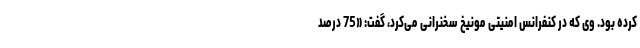
کرده بود. وی که در کنفرانس امنیتی مونیخ سخنرانی می‌کرد، گفت: «75 درصد